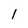
Character: l